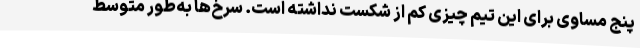
پنج مساوی برای این تیم چیزی کم از شکست نداشته است. سرخ‌ها به‌طور متوسط